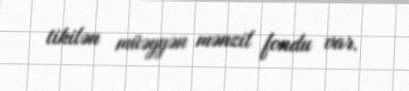
tikilən müəyyən mənzil fondu var.